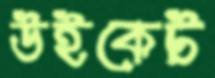
উইকেট